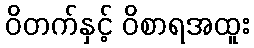
ဝိတက်နှင့် ဝိစာရအထူး